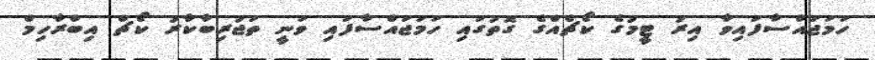
ހަމަޖައްސާފައިވާ އިރު ޓީމުގެ ކޯޗެއްގެ ގޮތުގައި ހަމަޖައްސާފައި ވަނީ ތަޖުރިބާކާރު ކޯޗް އިބްރާހިމް